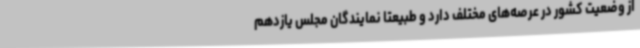
از وضعیت کشور در عرصه‌های مختلف دارد و طبیعتا نمایندگان مجلس یازدهم